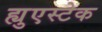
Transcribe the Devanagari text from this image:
ह्युएस्टेक